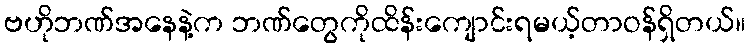
ဗဟိုဘဏ်အနေနဲ့က ဘဏ်တွေကိုထိန်းကျောင်းရမယ့်တာဝန်ရှိတယ်။